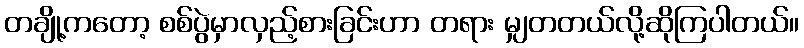
တချို့ကတော့ စစ်ပွဲမှာလှည့်စားခြင်းဟာ တရား မျှတတယ်လို့ဆိုကြပါတယ်။